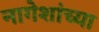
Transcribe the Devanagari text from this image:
नागेशांच्या